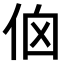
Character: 𠈈